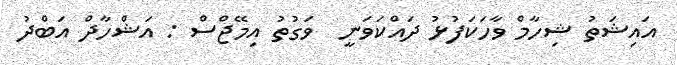
އައިޝަތު ޝިހާމް ވާހަކަފުޅު ދައްކަވަނީ  ވަގުތު އިމޭޖްސް : އަޝްހާދް އަބްދު